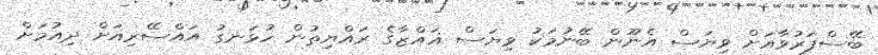
ބޭސްފަރުވާއަށް ވިޔަސް އެނޫން ބޭނުމަކު ވިޔަސް ޣައްޒާގެ ރައްޔިތުން ހުޅަނގު އައްސޭރިއަށް ދިއުމަށް